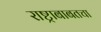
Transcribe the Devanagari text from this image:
राष्ट्राबाबतचा